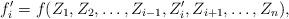
LaTeX: \begin{align*}f_i' = f(Z_1,Z_2,\ldots,Z_{i-1},Z_i',Z_{i+1},\ldots,Z_n),\end{align*}